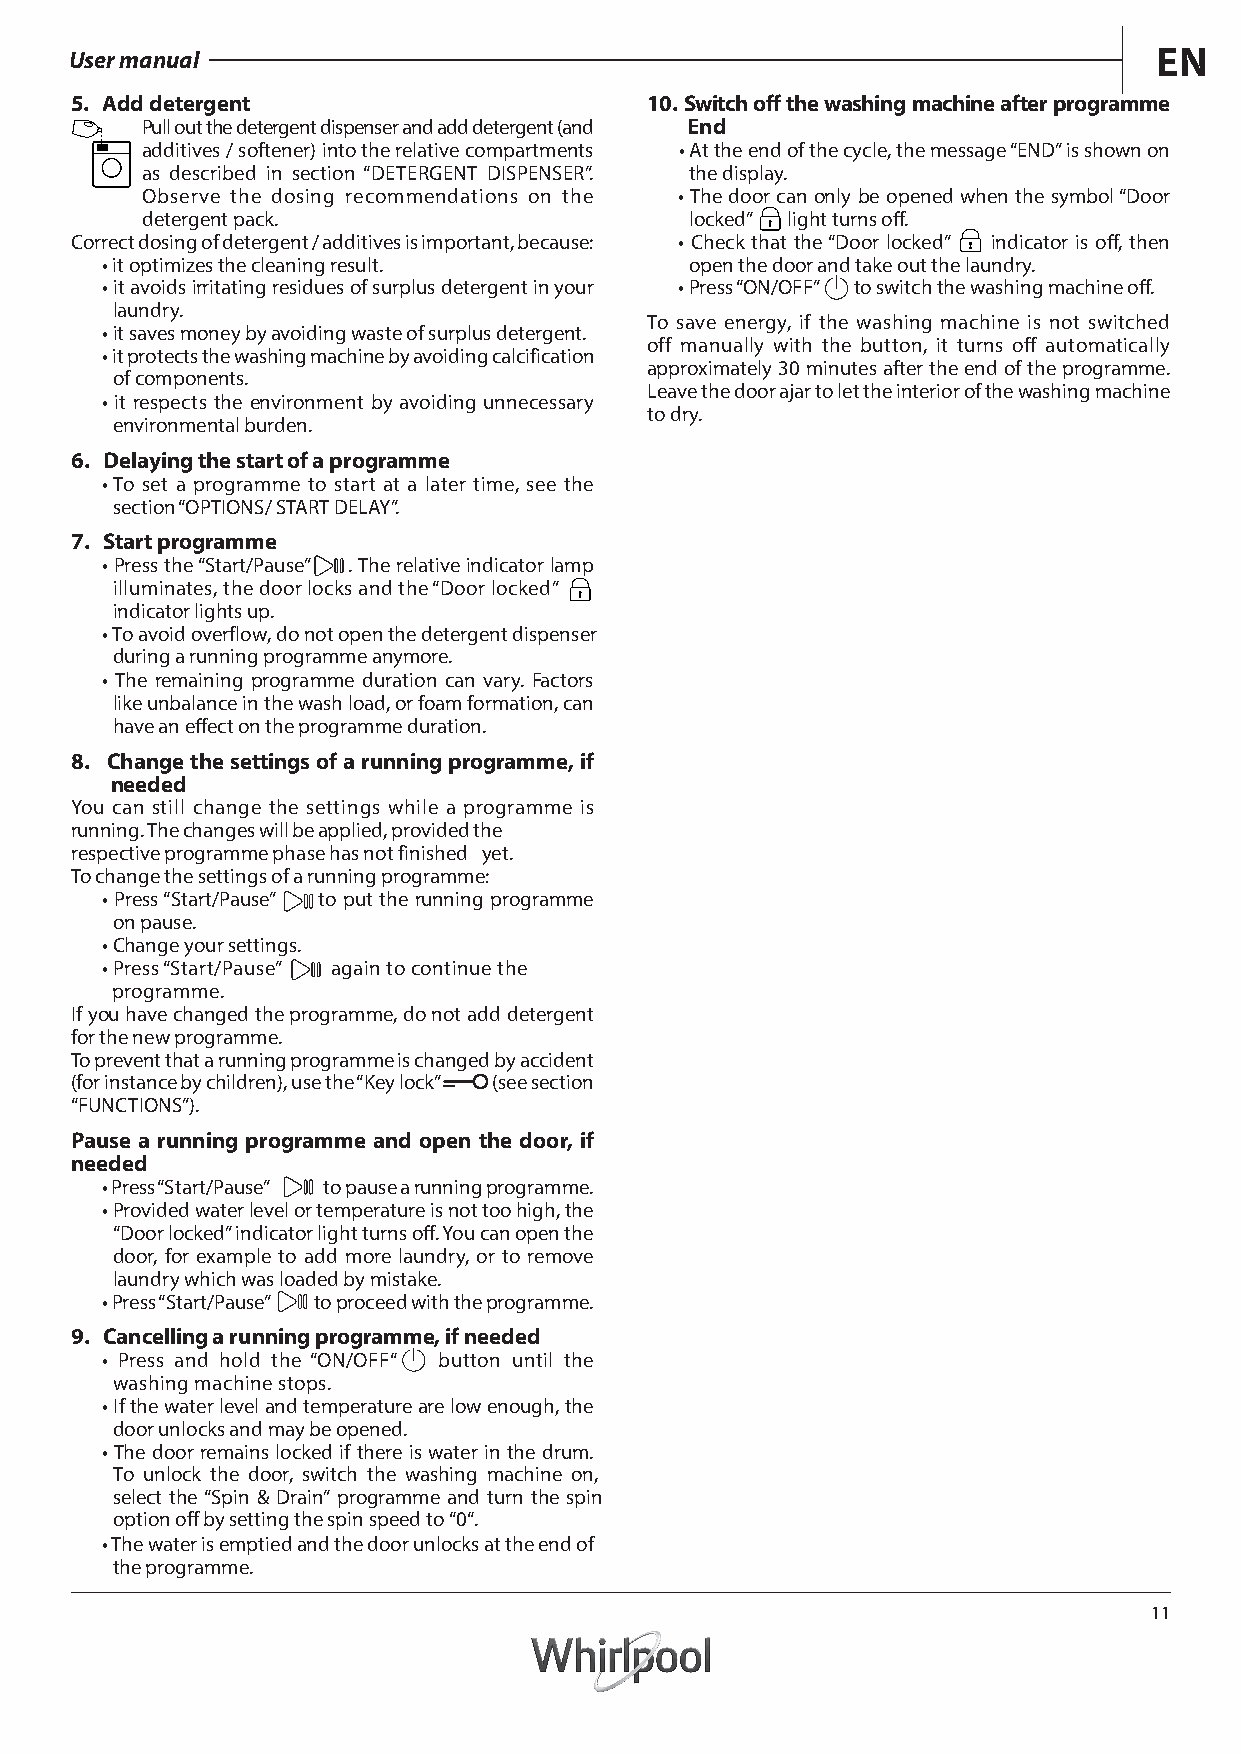
User manual                                                             EN
 5. Add detergent                      10.Switch offthe washing machine after programme
 Pull out the detergent dispenser and add detergent (and End
 additives / softener) into the relative compartments •At the end of the cycle, the message “END” is shown on
 as described in section “DETERGENT DISPENSER”. the display.
 Observe the dosing recommendations on the •The door can only be opened when the symbol “Door
 detergent pack.                      locked” light turns off.
 Correct dosing of detergent / additives is important, because: • Check that the “Door locked” indicator is off, then
 •it optimizes the cleaning result.     open the door and take out the laundry.
 •it avoids irritating residues of surplus detergent in your •Press “ON/OFF” to switch the washing machine off.
 laundry.
 To save energy, if the washing machine is not switched
 •it saves money by avoiding waste of surplus detergent.
 off manually with the button, it turns off automatically
 • it protects the washing machine by avoiding calcification
 approximately 30 minutes after the end of the programme.
 of components.
 Leave the door ajar to let the interior of the washing machine
 •it respects the environment by avoiding unnecessary
 to dry.
 environmental burden.
 6. Delaying the start of a programme
 •To set a programme to start at a later time, see the
 section “OPTIONS/ START DELAY”.
 7. Start programme
 •Press the “Start/Pause” . The relative indicator lamp
 illuminates, the door locks and the “Door locked”
 indicator lights up.
 • To avoid overflow, do not open the detergent dispenser
 during a running programme anymore.
 • The remaining programme duration can vary. Factors
 like unbalance in the wash load, or foam formation, can
 have an effect on the programme duration.
 8. Change the settings of a running programme, if
 needed
 You can still change the settings while a programme is
 running. The changes will be applied, provided the
 respective programme phase has not finished yet.
 To change the settings of a running programme:
 •Press “Start/Pause” to put the running programme
 on pause.
 •Change your settings.
 •Press “Start/Pause” again to continue the
 programme.
 If you have changed the programme, do not add detergent
 for the new programme.
 To prevent that a running programme is changed by accident
 (for instance by children), use the “Key lock” (see section
 “FUNCTIONS”).
 Pause a running programme and open the door, if
 needed
 • Press “Start/Pause” to pause a running programme.
 •Provided water level or temperature is not too high, the
 “Door locked” indicator light turns off. You can open the
 door, for example to add more laundry, or to remove
 laundry which was loaded by mistake.
 • Press “Start/Pause” to proceed with the programme.
 9. Cancelling a running programme, if needed
 • Press and hold the “ON/OFF“ button until the
 washing machine stops.
 •If the water level and temperature are low enough, the
 door unlocks and may be opened.
 •The door remains locked if there is water in the drum.
 To unlock the door, switch the washing machine on,
 select the “Spin & Drain” programme and turn the spin
 option off by setting the spin speed to “0“.
 • The water is emptied and the door unlocks at the end of
 the programme.
 11